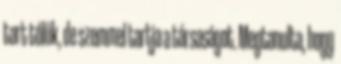
tart tőlük, de szemmel tartja a társaságot. Megtanulta, hogy